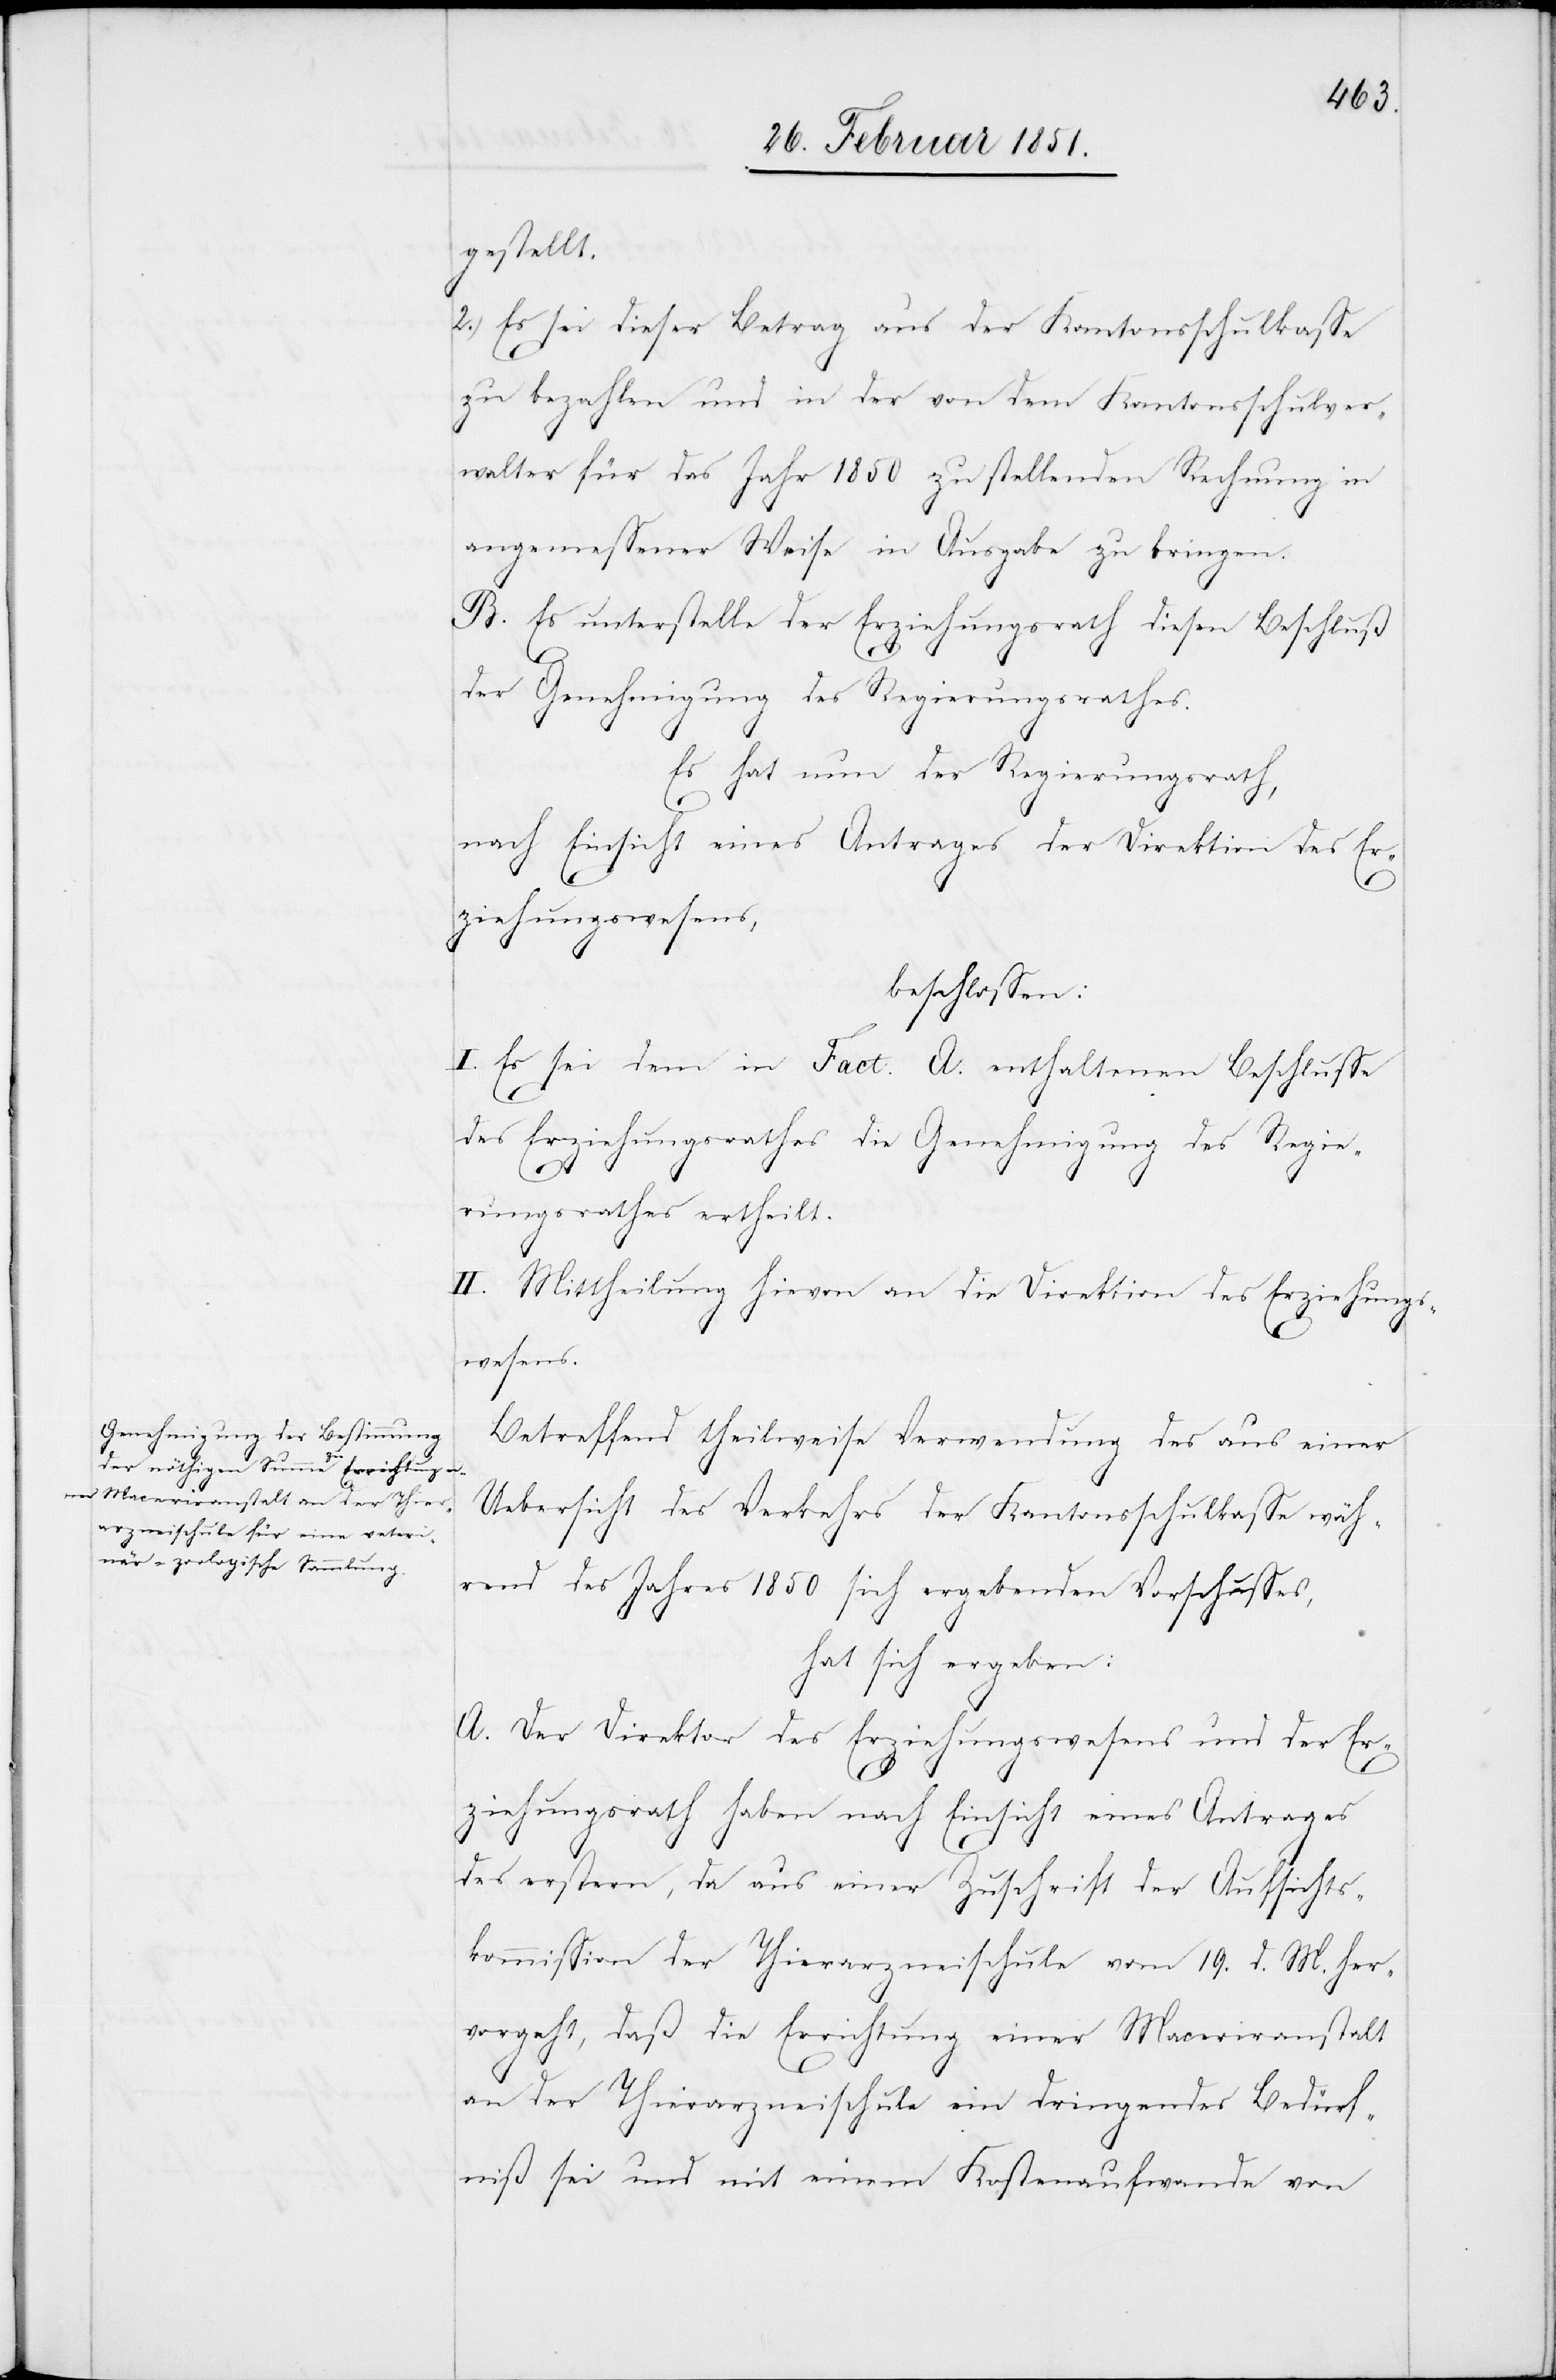
gestellt.
2.) Es sei dieser Betrag aus der Kantonsschulkasse
zu bezahlen und in der von dem Kantonsschulver¬
walter für das Jahr 1850 zu stellenden Rechnung in
angemessener Weise in Ausgabe zu bringen.
B. Es unterstelle der Erziehungsrath diesen Beschluß
der Genehmigung des Regierungsrathes.
Es hat nun der Regierungsrath,
nach Einsicht eines Antrages der Direktion des Er¬
ziehungswesens,
beschlossen:
I. Es sei dem in Fact. A. enthaltenen Beschlusse
des Erziehungsrathes die Genehmigung des Regie¬
rungsrathes ertheilt.
II. Mittheilung hievon an die Direktion des Erziehungs¬
wesens.
Betreffend theilweise Verwendung des aus einer
Uebersicht des Verkehrs der Kantonsschulkasse wäh¬
rend des Jahres 1850 sich ergebenden Vorschusses,
hat sich ergeben:
A. Der Direktor des Erziehungswesens und der Er¬
ziehungsrath haben nach Einsicht eines Antrages
des erstern, da aus einer Zuschrift der Aufsichts¬
kommission der Thierarzneischule vom 19. d. M. her¬
vorgeht, daß die Errichtung einer Maceriranstalt
an der Thierarzneischule ein dringendes Bedürf¬
niß sei und mit einem Kostenaufwande von